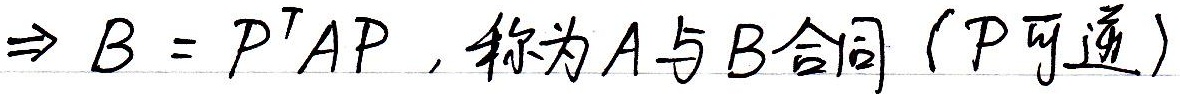
\(\Rightarrow B = P^{T}AP\)，称为\(A\)与\(B\)合同（\(P\)可逆）。